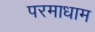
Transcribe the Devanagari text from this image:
परमाधाम